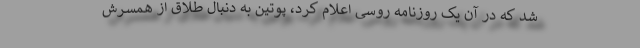
شد که در آن یک روزنامه روسی اعلام کرد، پوتین به دنبال طلاق از همسرش